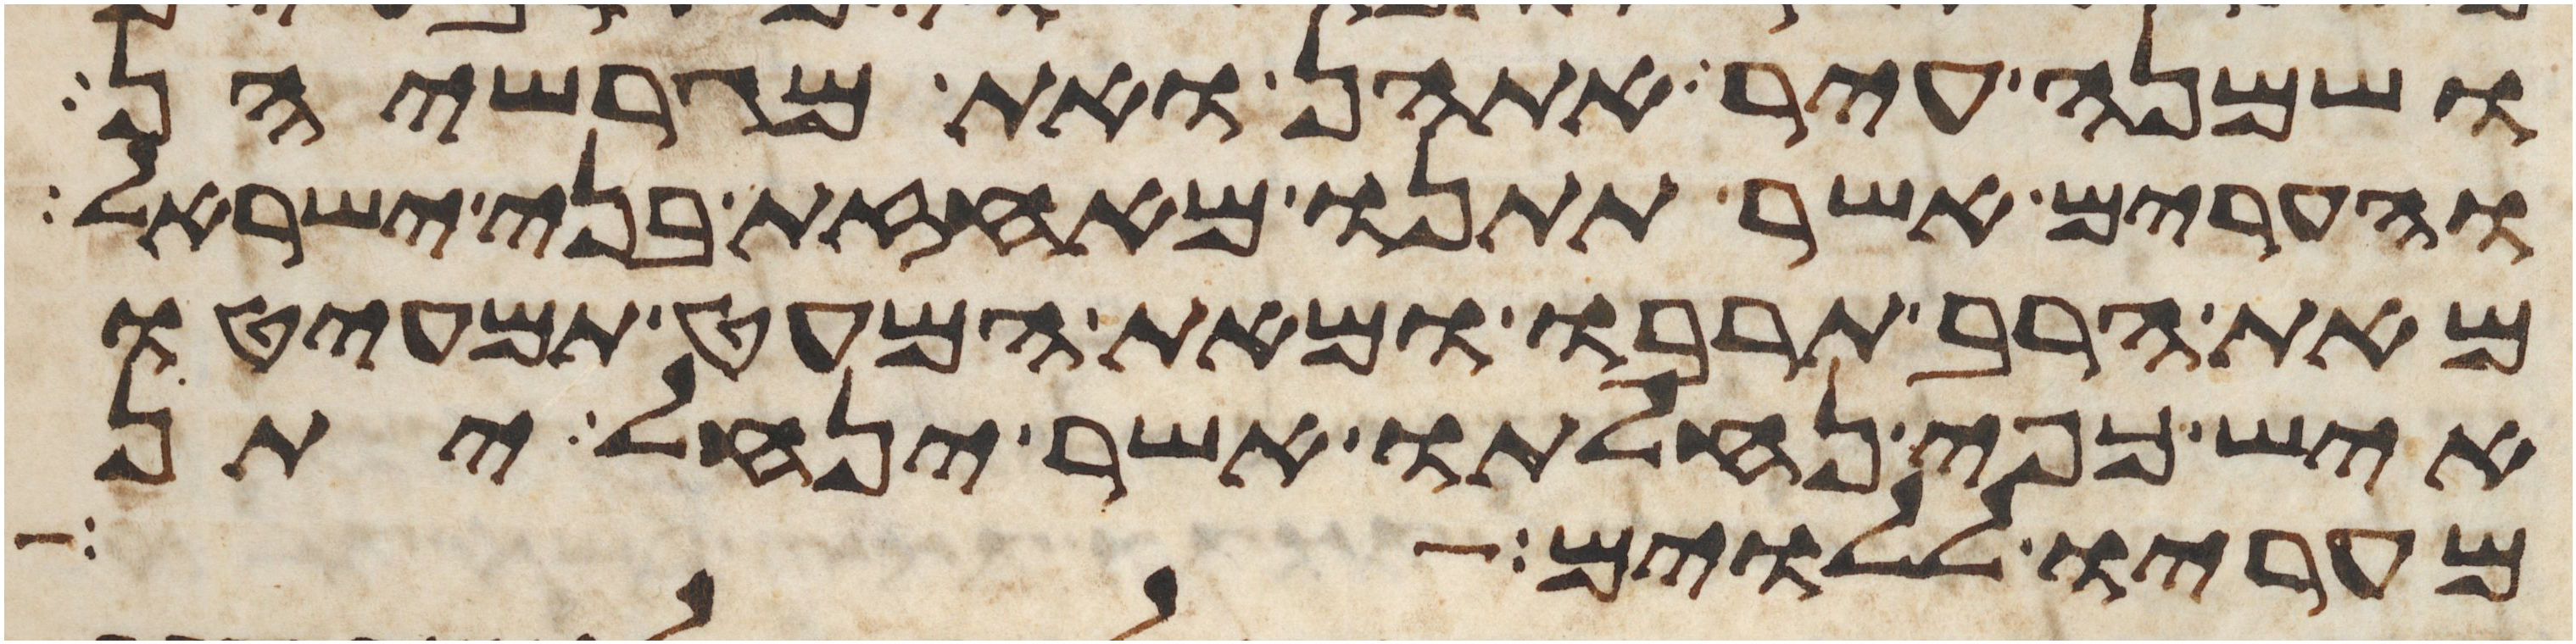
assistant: ושמנה עיר אתהן ואת מגרשיהן
והערים אשר תתנו מאחזת בני ישראל
מאת הרב תרבו ומאת המעט תמעיטו
איש כפי נחלתו אשר ינחל יתן
מעריו ללוים